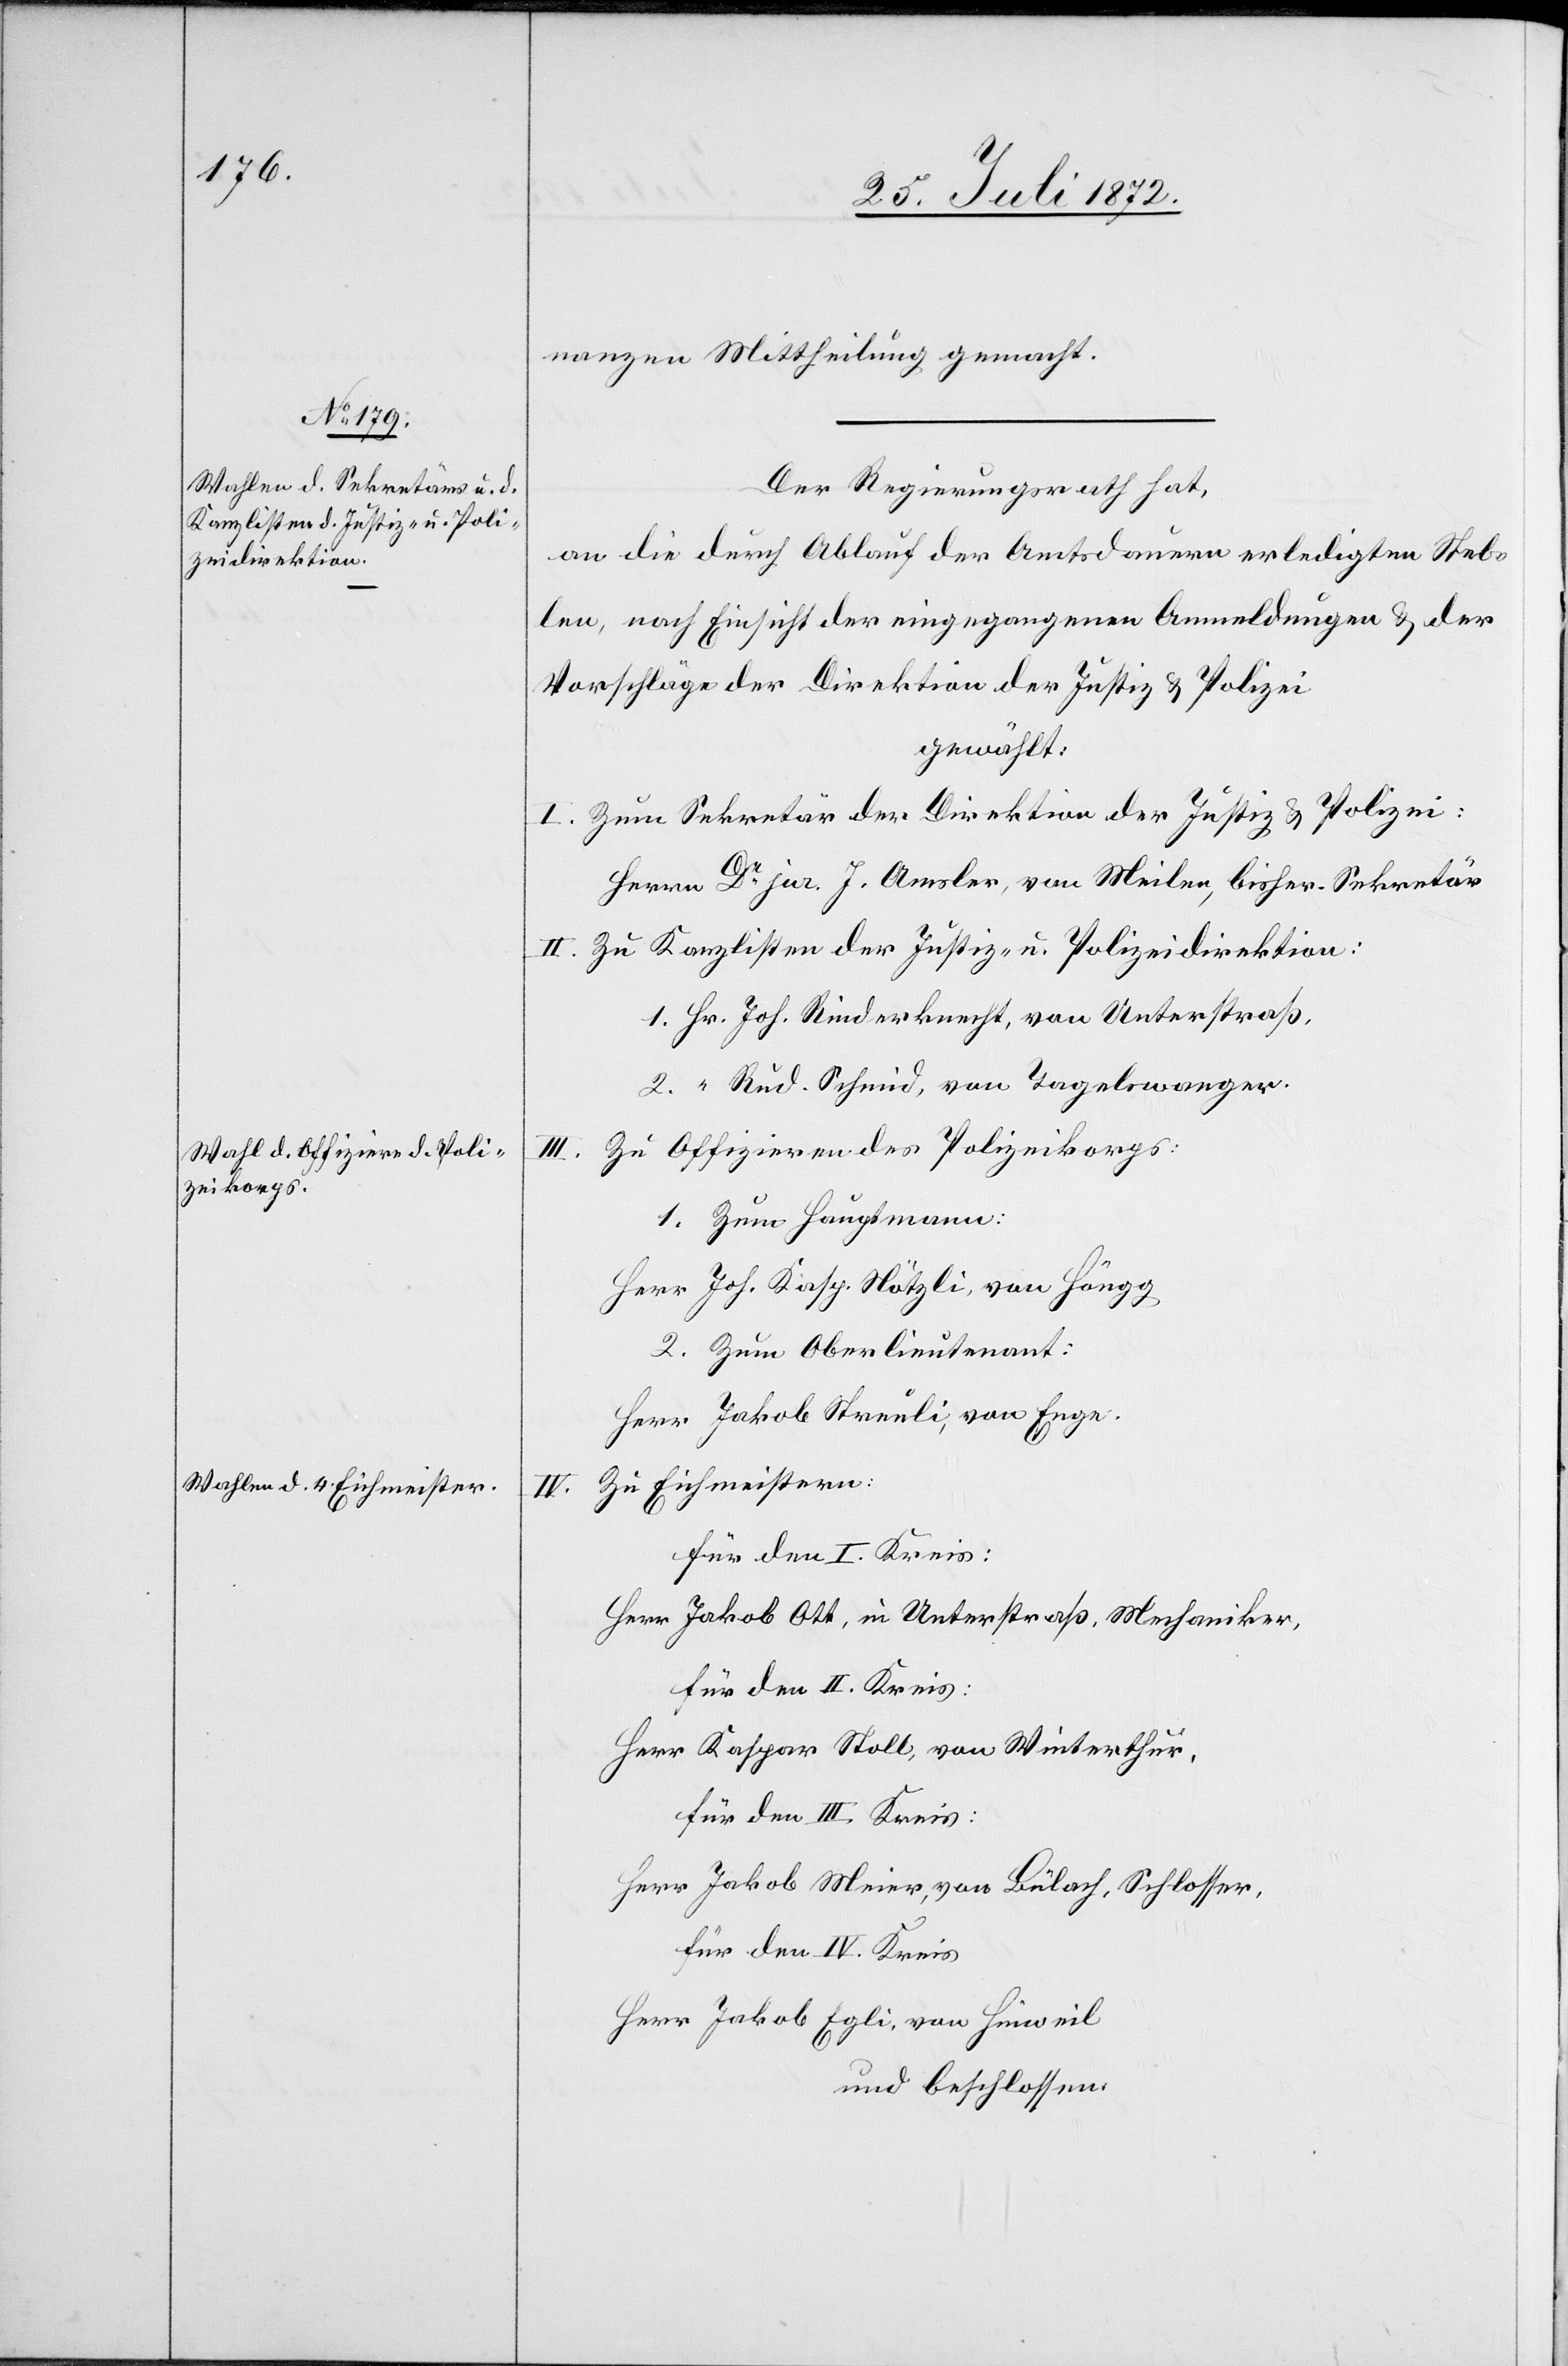
nanzen Mittheilung gemacht.
Der Regierungsrath hat,
an die durch Ablauf der Amtsdauer erledigten Stel¬
len, nach Einsicht der eingegangenen Anmeldungen u. der
Vorschläge der Direktion der Justiz u. Polizei
gewählt:
I. Zum Sekretär der Direktion der Justiz u. Polizei:
Herrn Dr jur. J. Amsler, von Meilen, bisher. Sekretär
II. Zu Kanzlisten der Justiz- u. Polizeidirektion:
1. Hr. Joh. Rinderknecht, von Unterstraß,
2. “ Rud. Schmid, von Tagelswangen.
Zu Offizieren des Polizeikorps:
1. Zum Hauptmann:
Herr Joh. Kasp. Nötzli, von Höngg
2. Zum Oberlieutenant:
Herr Jakob Streuli, von Enge.
Zu Eichmeistern:
für den I. Kreis:
Herr Jakob Ott, in Unterstraß, Mechaniker,
für den II. Kreis:
Herr Kaspar Stoll, von Winterthur,
für den III. Kreis:
Herr Jakob Meier, von Bülach, Schlosser,
für den IV. Kreis:
Herr Jakob Egli, von Hinweil
und beschlossen